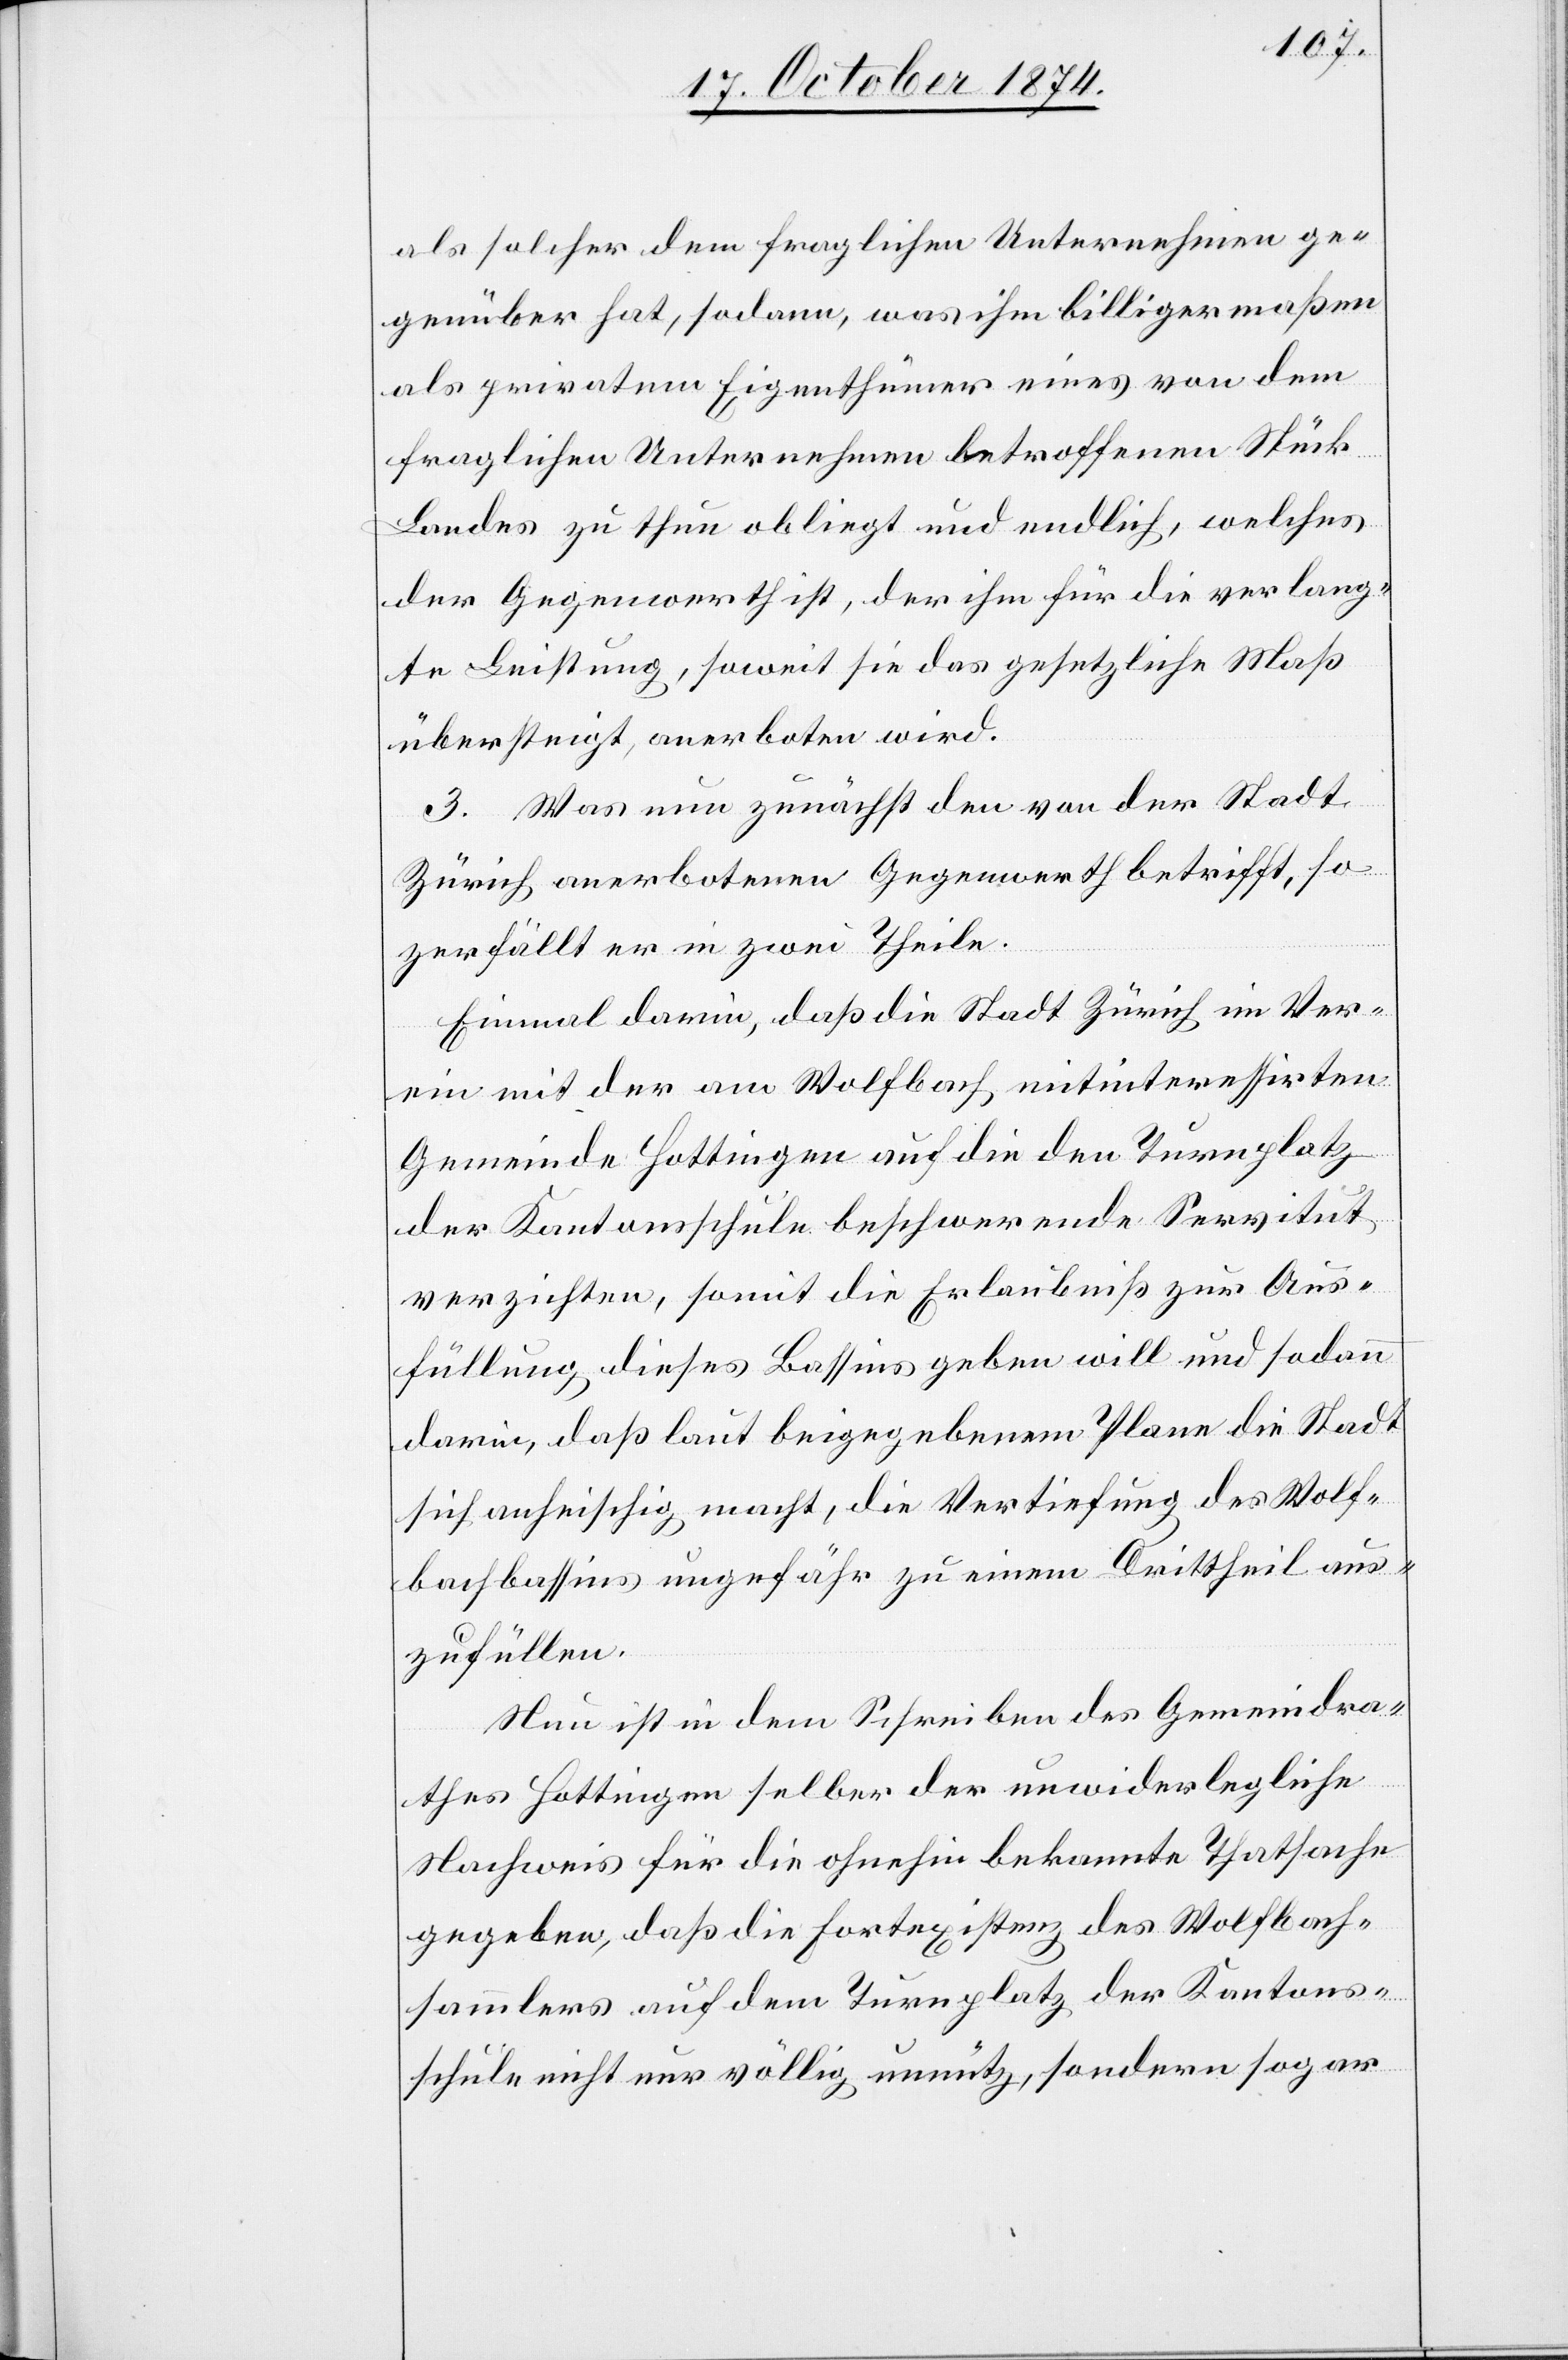
als solcher dem fraglichen Unternehmen ge¬
genüber hat, sodann, was ihm billigermaßen
als privatem Eigenthümer eines von dem
fraglichen Unternehmen betroffenen Stück
Landes zu thun obliegt und endlich, welches
der Gegenwerth ist, der ihm für die verlang¬
te Leistung, soweit sie das gesetzliche Maß
übersteigt, anerboten wird.
3. Was nun zunächst den von der Stadt
Zürich anerbotenen Gegenwerth betrifft, so
zerfällt er in zwei Theile.
Einmal darin, daß die Stadt Zürich in Ver¬
ein mit der am Wolfbach mitinteressirten
Gemeinde Hottingen auf die den Turnplatz
der Kantonsschule beschwerende Servitut
verzichten, somit die Erlaubniß zur Aus¬
füllung dieses Bassins geben will und sodann
darin, daß laut beigegebenem Plane die Stadt
sich anheischig macht, die Vertiefung des Wolf¬
bachbassins ungefähr zu einem Drittheil aus¬
zufüllen.
Nun ist in dem Schreiben des Gemeindra¬
thes Hottingen selber der unwiderlegliche
Nachweis für die ohnehin bekannte Thatsache
gegeben, daß die Fortexistenz des Wolfbach¬
sammlers auf dem Turnplatz der Kantons¬
schule nicht nur völlig unnütz, sondern sogar